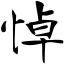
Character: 悼